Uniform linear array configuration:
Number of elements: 32
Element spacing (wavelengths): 0.75
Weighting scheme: uniform
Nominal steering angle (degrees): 30
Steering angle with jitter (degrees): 31.059
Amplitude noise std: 0.05
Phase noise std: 0.05

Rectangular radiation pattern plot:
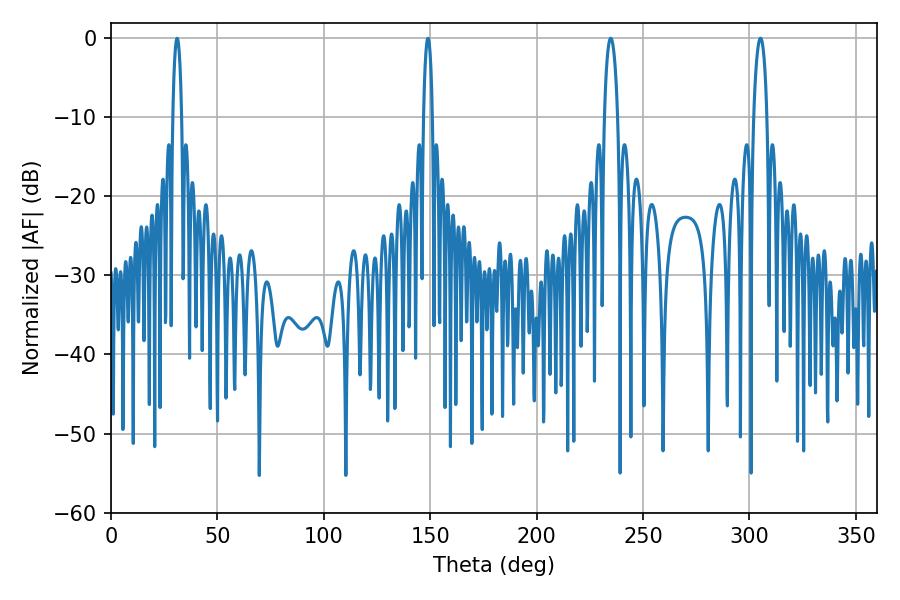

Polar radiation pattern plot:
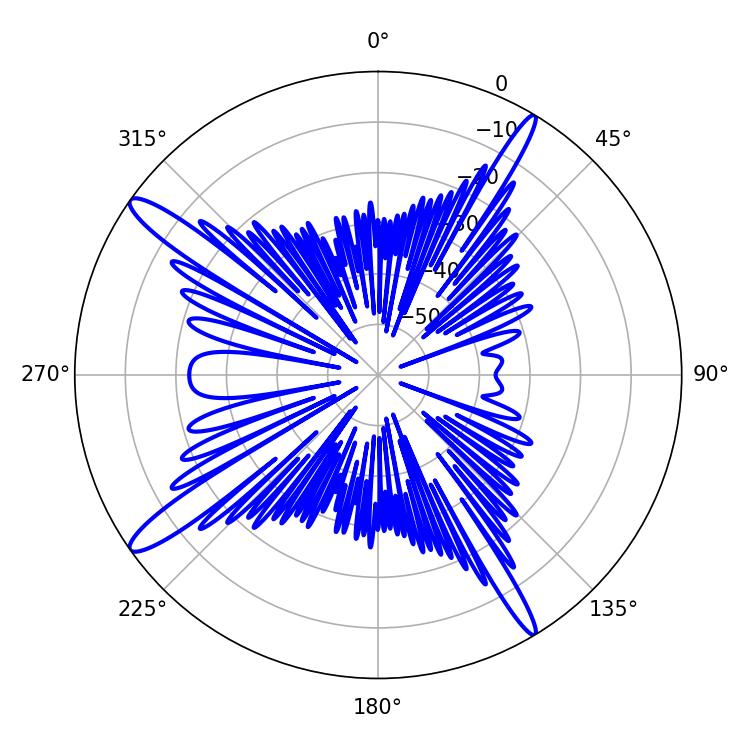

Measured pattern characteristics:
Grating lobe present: TRUE
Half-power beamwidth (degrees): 3.6
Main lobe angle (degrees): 234.9